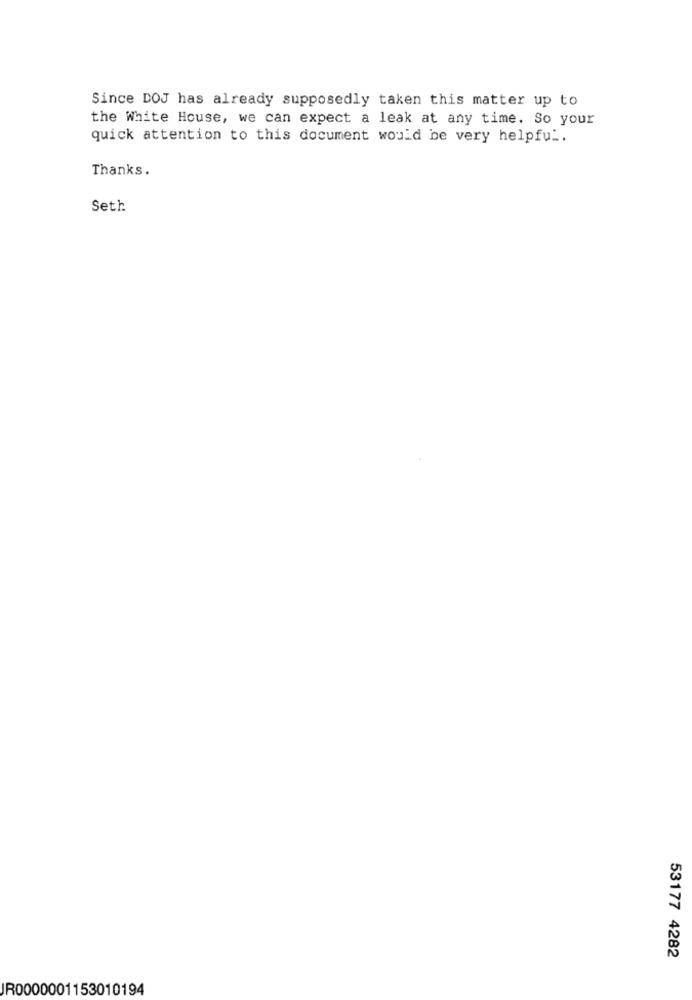
Since DOJ has already supposedly taken this matter up to
the White House, we can expect a leak at any time. So your
quick attention to this document would be very helpful.
Thanks.
Seth
53177 4282
JR0000001153010194